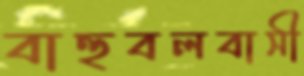
বাহুবলবাসী